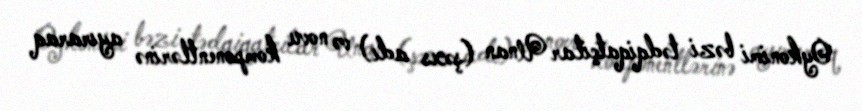
Oykonimi bəzi tədqiqatçilar Unan (şəxs adı) və novu komponentlərinə ayıraraq